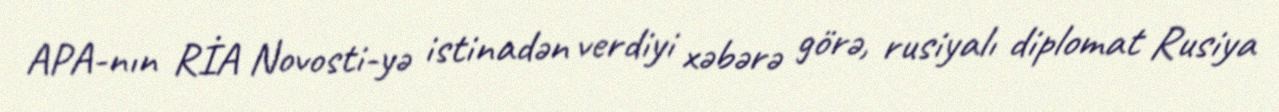
APA-nın RİA Novosti-yə istinadən verdiyi xəbərə görə, rusiyalı diplomat Rusiya